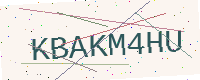
Text: KBAKM4HU